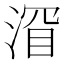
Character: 𬈐